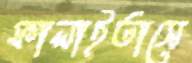
ফালাইতাসে